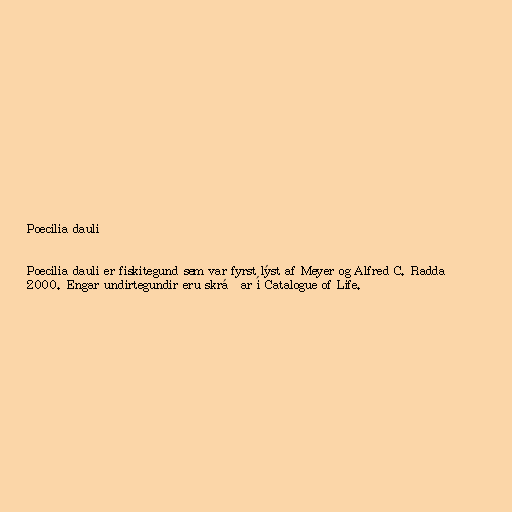
Poecilia dauli

Poecilia dauli er fiskitegund sem var fyrst lýst af Meyer og Alfred C. Radda
2000. Engar undirtegundir eru skráðar í Catalogue of Life.